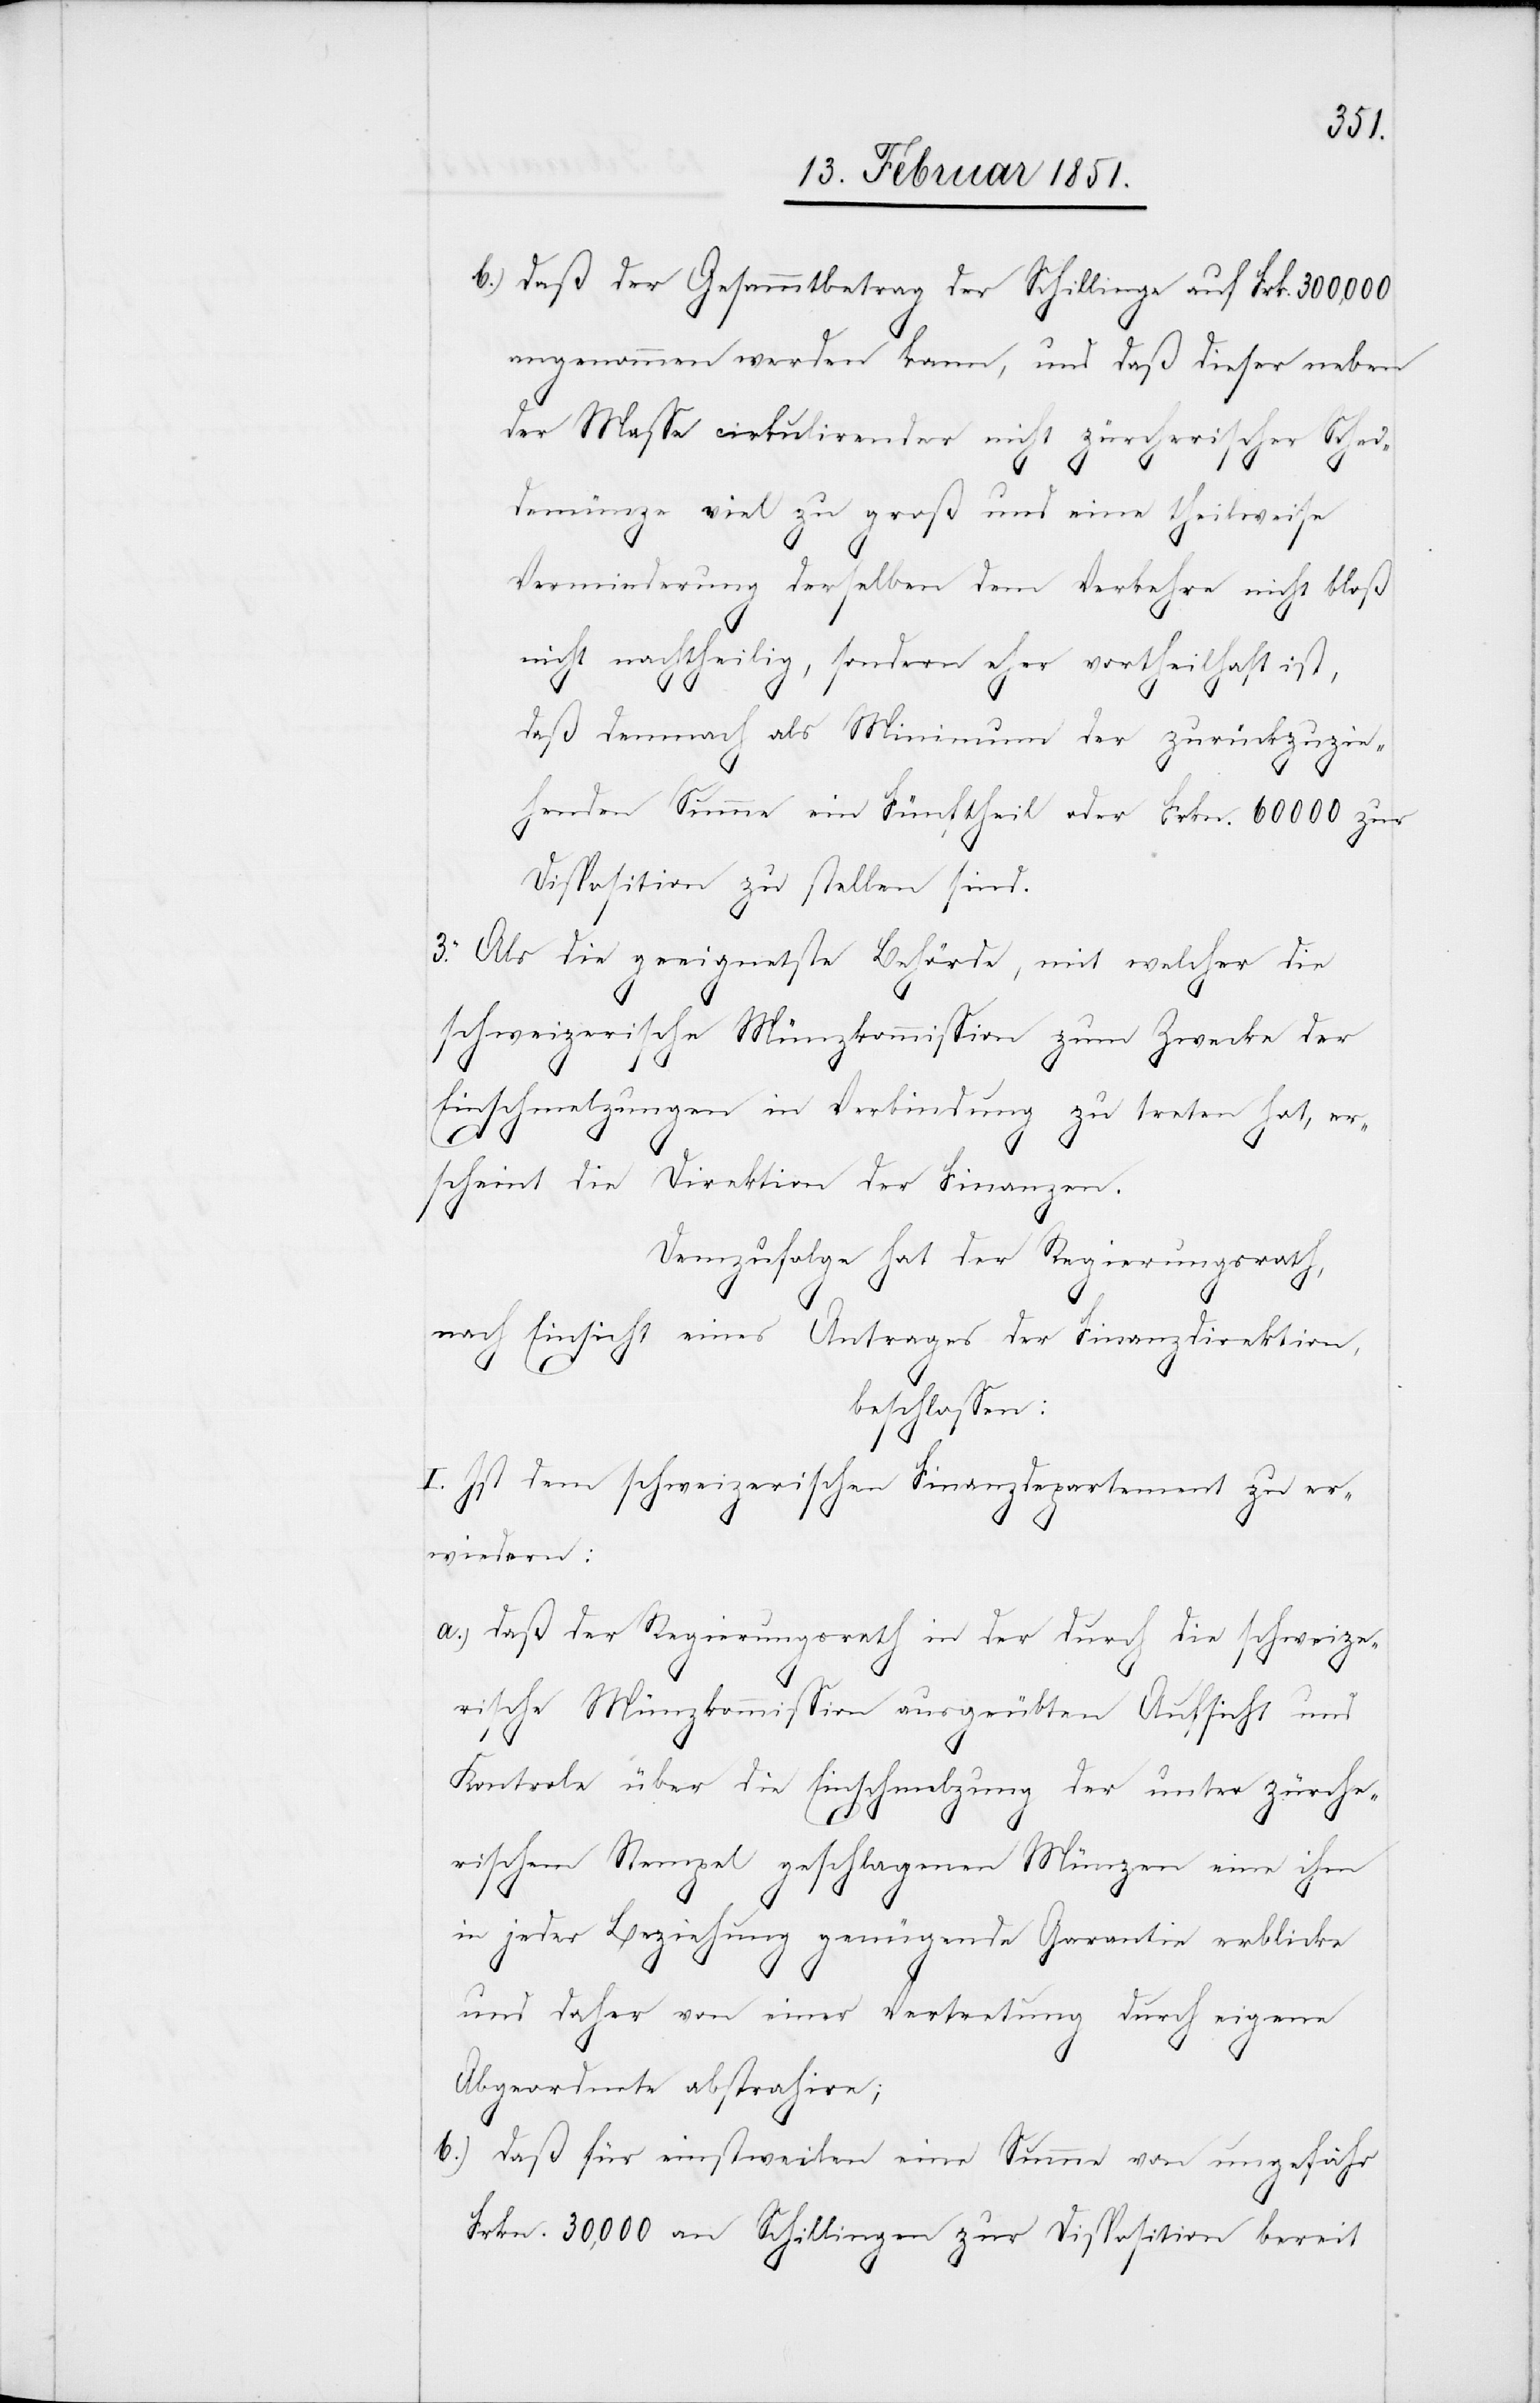
daß der Gesammtbetrag der Schillinge auf Frk. 300,000
angenommen werden kann, und daß dieser neben
der Masse cirkulirender nicht zürcherischer Schei¬
demünze viel zu groß und eine theilweise
Verminderung derselben dem Verkehre nicht bloß
nicht nachtheilig, sondern eher vortheilhaft ist,
daß demnach als Minimum der zurückzuzie¬
b.)
henden Summe ein Fünftheil oder Frkn. 60000 zur
Disposition zu stellen sind.
3. Als die geeignetste Behörde, mit welcher die
schweizerische Münzkommission zum Zwecke der
Einschmelzungen in Verbindung zu treten hat, er¬
scheint die Direktion der Finanzen.
Demzufolge hat der Regierungsrath,
nach Einsicht eines Antrages der Finanzdirektion,
beschlossen:
I. Ist dem schweizerischen Finanzdepartement zu er¬
wiedern:
daß der Regierungsrath in der durch die schweize¬
rische Münzkommission ausgeübten Aufsicht und
Kontrole über die Einschmelzung der unter zürche¬
rischem Stempel geschlagenen Münzen eine ihm
in jeder Beziehung genügende Garantie erblicke
und daher von einer Vertretung durch eigene
Abgeordnete abstrahire;
daß für einstweilen eine Summe von ungefähr
Frkn. 30,000 an Schillingen zur Disposition bereit